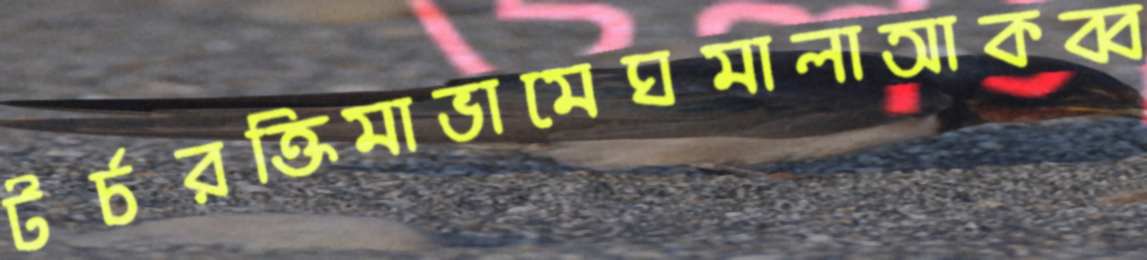
টর্চরক্তিমাভামেঘমালাআকব্ব